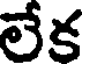
లేక